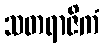
သတရာဇိကံ